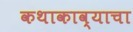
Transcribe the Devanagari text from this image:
कथाकाव्याचा